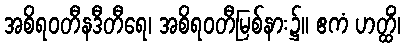
အစိရဝတီနဒီတီရေ၊ အစိရဝတီမြစ်နား၌။ ဧကံ ဟတ္ထိံ၊